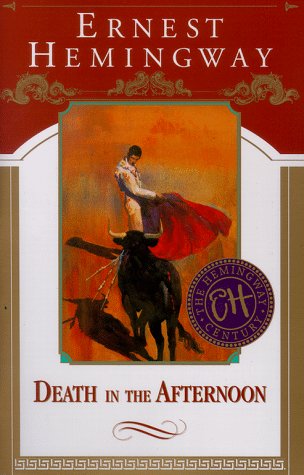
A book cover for Death in the Afternoon; Ernest Hemingway; Literature & Fiction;